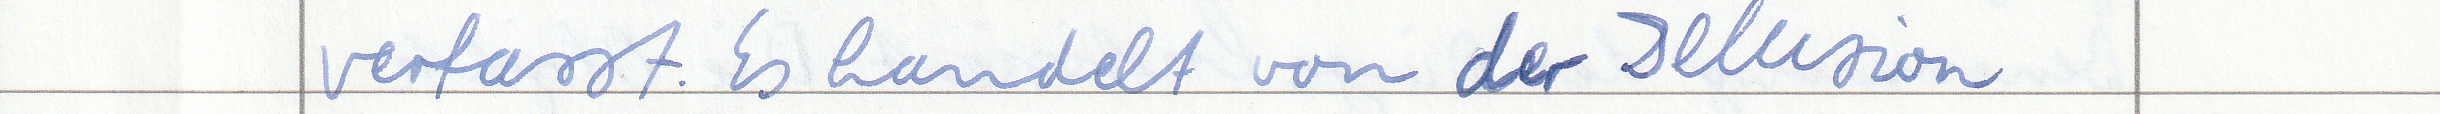
verfasst. Es handelt von der Illusion